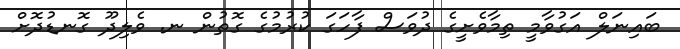
ބައިނަލް އަގުވާމީ ތިމާވެށީގެ ދުވަސް ފާހަގަ ކުރުމުގެ ގޮތުން ނ. ވެލިދޫ ގޮނޑުދޮށް